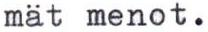
mät menot.